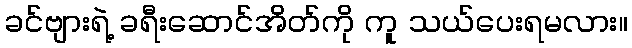
ခင်ဗျားရဲ့ ခရီးဆောင်အိတ်ကို ကူ သယ်ပေးရမလား။